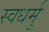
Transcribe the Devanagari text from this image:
स्वधर्मु